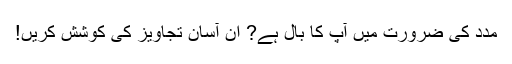
مدد کی ضرورت میں آپ کا بال ہے? ان آسان تجاویز کی کوشش کریں!